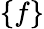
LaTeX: \{ f\}